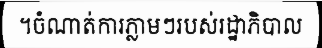
។ចំណាត់ការភ្លាមៗរបស់រដ្ឋាភិបាល